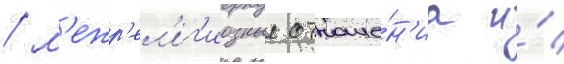
/ м'ежр'ел'иг'иозные отноше́н'иа и́